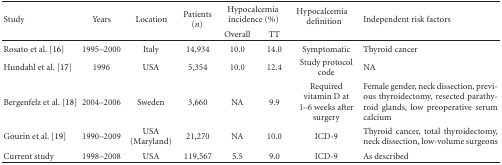
<table><thead><tr><td rowspan="2"><b>Study</b></td><td rowspan="2"><b>Years</b></td><td rowspan="2"><b>Location</b></td><td rowspan="2"><b>Patients (<i>n</i>)</b></td><td colspan="2"><b>Hypocalcemia incidence (%)</b></td><td><b>Hypocalcemia definition</b></td><td rowspan="2"><b>Independent risk factors</b></td></tr><tr><td><b>Overall</b></td><td><b>TT</b></td></tr></thead><tbody><tr><td>Rosato et al. [16]</td><td>1995–2000</td><td>Italy</td><td>14,934</td><td>10.0</td><td>14.0</td><td>Symptomatic</td><td>Thyroid cancer</td></tr><tr><td>Hundahl et al. [17]</td><td>1996</td><td>USA</td><td>5,354</td><td>10.0</td><td>12.4</td><td>Study protocol code</td><td>NA</td></tr><tr><td>Bergenfelz et al. [18]</td><td>2004–2006</td><td>Sweden</td><td>3,660</td><td>NA</td><td>9.9</td><td>Required vitamin D at 1–6 weeks after surgery</td><td>Female gender, neck dissection, previous thyroidectomy, resected parathyroid glands, low preoperative serum calcium</td></tr><tr><td>Gourin et al. [19]</td><td>1990–2009</td><td>USA (Maryland)</td><td>21,270</td><td>NA</td><td>10.0</td><td>ICD-9</td><td>Thyroid cancer, total thyroidectomy, neck dissection, low-volume surgeons</td></tr><tr><td>Current study</td><td>1998–2008</td><td>USA</td><td>119,567</td><td>5.5</td><td>9.0</td><td>ICD-9</td><td>As described</td></tr></tbody></table>